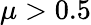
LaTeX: \mu>0.5